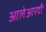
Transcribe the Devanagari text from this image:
आलेआरदी